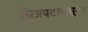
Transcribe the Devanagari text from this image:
चित्रपटापासूनच